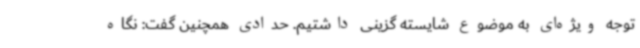
توجه ویژه‌ای به موضوع شایسته گزینی داشتیم. حدادی همچنین گفت: نگاه